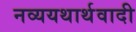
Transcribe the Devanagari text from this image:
नव्ययथार्थवादी